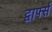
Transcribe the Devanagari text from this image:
द्वार्फ्स